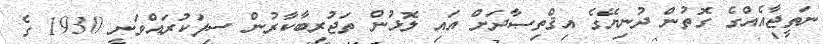
ނަތީޖާއެއްގެ ގޮތުން ދުނިޔޭގެ އިޤްތިޞާދަށް އައި ލޮޅުން ތަޖުރިބާކާރުން ސިފަކުރައްވަނީ 1930 ގެ